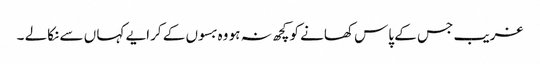
غریب جس کے پاس کھانے کو کچھ نہ ہو وہ بسوں کے کرایے کہا ں سے نکالے ۔